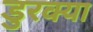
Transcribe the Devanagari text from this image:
डुरक्या